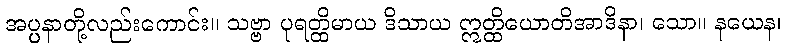
အပ္ပနာတို့လည်းကောင်း။ သဗ္ဗာ ပုရတ္ထိမာယ ဒိသာယ ဣတ္ထိယောတိအာဒိနာ၊ သော။ နယေန၊